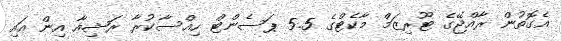
އެގޮތުން ރާއްޖޭގެ ޓޫރިޒަމް މާކެޓްގެ 5.5 ޕަސެންޓް ހިއްސާކުރާ ރަޝިއާ އިން އައި